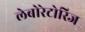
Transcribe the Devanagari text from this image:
लेबोरेटोरिज